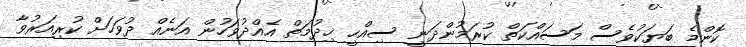
ކޮންމެ ބަޔަކުވެސް މަސައްކަތް ކުރަމުންދަނީ ސިއްހީ ޚިދުމަތް އެއްދުވަހުން އަނެއް ދުވަހަށް ކުރިއަރުވާ